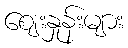
ဈေးနှုန်းများ